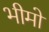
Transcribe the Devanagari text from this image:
भीमो